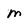
Character: m